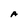
Character: A